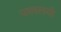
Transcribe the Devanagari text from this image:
परवलयी